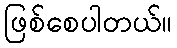
ဖြစ်စေပါတယ်။